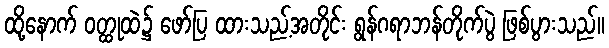
ထို့နောက် ဝတ္ထုထဲ၌ ဖော်ပြ ထားသည့်အတိုင်း ရွန်ဂရာဘန်တိုက်ပွဲ ဖြစ်ပွားသည်။